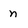
Character: n